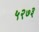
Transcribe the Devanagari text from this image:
५२७३